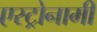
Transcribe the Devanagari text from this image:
एस्ट्रोनामी